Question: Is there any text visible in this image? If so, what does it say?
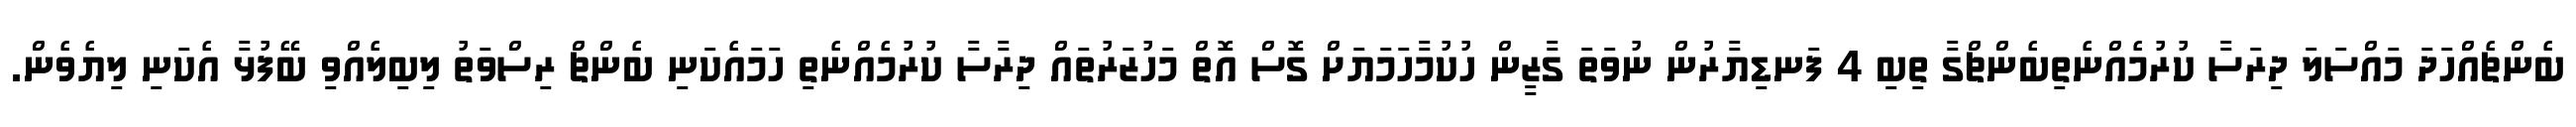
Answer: ބެންޗެއްހަދަ މައްސަލަ ދިރަސާ ކުރުމެއްނެތިބެންޗްގާ ތިބި 4 ފަނޑިޔާރުން ނުވަތަ ގާޒީން ހުކުމާހަމަޔަށް ގޮސް އޮތް މަހުޒަރުތައް ދިރާސާ ކުރުމެއްނެތި ހަމައެކަނި ބެންޗް ރިސްވަތު ލިބިލެއްވި ބޭފުޅާ އެކަނި ލިޔެވެން.